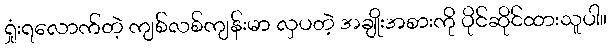
ရှုံးရလောက်တဲ့ ကျစ်လစ်ကျန်းမာ လှပတဲ့ အချိုးအစားကို ပိုင်ဆိုင်ထားသူပါ။